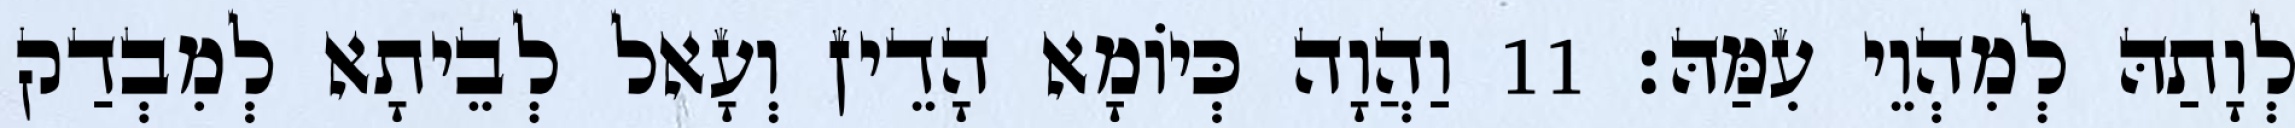
לְוָתַהּ לְמִהְוֵי עִמַּהּ׃ 11 וַהֲוָה כְּיוֹמָא הָדֵין וְעָאל לְבֵיתָא לְמִבְדַק